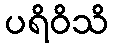
ပရိဝိသိ